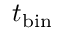
t _ { \mathrm { { b i n } } }